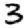
Digit: 3